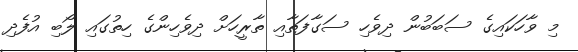
މި ވާހަކައިގެ ސަބަބުން ދިވެހި ސަގާފަތާއި ތާރީހަށް ދިވެހިންގެ ހިތުގައި ލޯބި އުފެދި